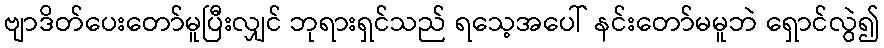
ဗျာဒိတ်ပေးတော်မူပြီးလျှင် ဘုရားရှင်သည် ရသေ့အပေါ် နင်းတော်မမူဘဲ ရှောင်လွဲ၍